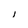
Character: l